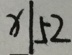
x \vert 5 2